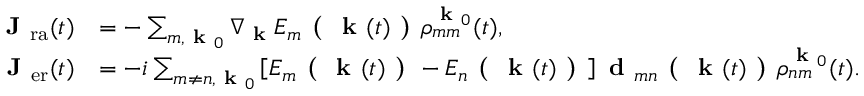
\begin{array} { r l } { \textbf { J } _ { \mathrm { r a } } ( t ) } & { = - \sum _ { m , \textbf { k } _ { 0 } } \nabla _ { \textbf { k } } E _ { m } \textbf { ( } \textbf { k } ( t ) \textbf { ) } \rho _ { m m } ^ { \textbf { k } _ { 0 } } ( t ) , } \\ { \textbf { J } _ { \mathrm { e r } } ( t ) } & { = - i \sum _ { m \neq n , \textbf { k } _ { 0 } } \left[ E _ { m } \textbf { ( } \textbf { k } ( t ) \textbf { ) } - E _ { n } \textbf { ( } \textbf { k } ( t ) \textbf { ) } \right] \textbf { d } _ { m n } \textbf { ( } \textbf { k } ( t ) \textbf { ) } \rho _ { n m } ^ { \textbf { k } _ { 0 } } ( t ) . } \end{array}